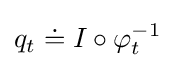
q_{t}\doteq I\circ \varphi _{t}^{-1}